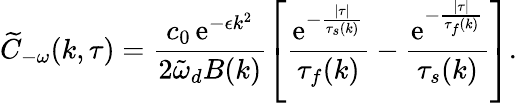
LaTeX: \widetilde{C}_{-\omega}(k,\tau)=\frac{c_{0}\, \mathrm{e}^{-\epsilon k^{2}}}{2\tilde{\omega}_{d}B(k)}\left[\frac{\mathrm{e}^{-\frac{\lvert\tau\rvert}{\tau_{s}(k)}}}{\tau_{f}(k)}-\frac{\mathrm{e}^{-\frac{\lvert\tau\rvert}{\tau_{f}(k)}}}{\tau_{s}(k)}\right].